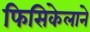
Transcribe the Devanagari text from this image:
फिसिकेलाने